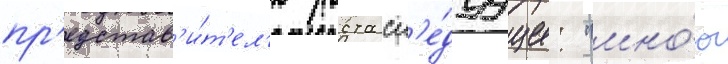
пр'едстав'и́т'ел'ю роста сл'е́дуущее: "мно́ю